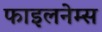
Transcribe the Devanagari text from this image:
फाइलनेम्स